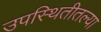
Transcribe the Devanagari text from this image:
उपस्थितीतल्या